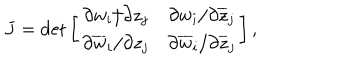
LaTeX: J = \det \left[ \begin{array} { c c } { { \partial w _ { i } / \partial z _ { j } } } & { { \partial w _ { i } / \partial \overline { { { z } } } _ { j } } } \\ { { \partial \overline { { { w } } } _ { i } / \partial z _ { j } } } & { { \partial \overline { { { w } } } _ { i } / \partial \overline { { { z } } } _ { j } } } \\ \end{array} \right] ,